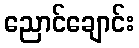
ညောင်ချောင်း